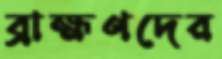
ব্রাহ্মণদের